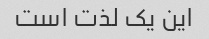
این یک لذت است